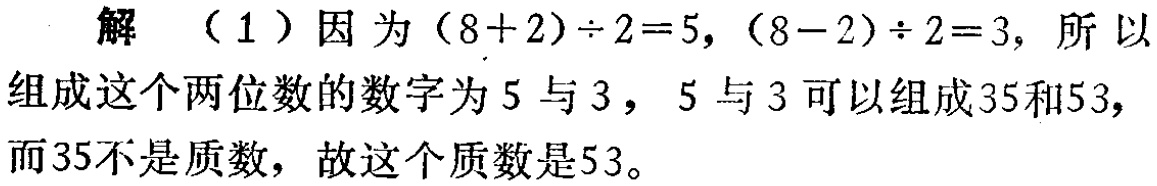
解 （1）因为\((8 + 2)\div2 = 5\)，\((8 - 2)\div2 = 3\)，所以组成这个两位数的数字为\(5\)与\(3\)，\(5\)与\(3\)可以组成\(35\)和\(53\)，而\(35\)不是质数，故这个质数是\(53\)。